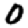
Digit: 0